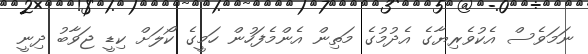
ނަމަވެސް އެކުވެރިޔާގެ އެދުމުގެ މަތިން އެންމެފަހުން ހަމީގެ ކޯލަށް ކިޑީ ޖަވާބު ދިނީ